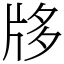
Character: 𤖻